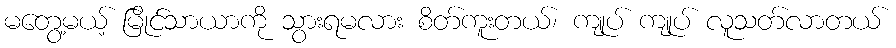
မတွေ့မယ့် မြိုင်သာယာကို သွားရမလား စိတ်ကူးတယ်၊ ကျုပ် ကျုပ် လူသတ်လာတယ်